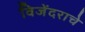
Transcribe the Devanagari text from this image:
विजेंदराचे